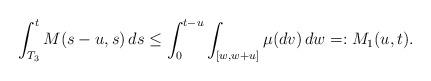
LaTeX: \begin{align*} \int_{T_3}^t M(s-u,s)\,ds\leq \int_0^{t-u} \int_{[w,w+u]} \mu(dv) \,dw=:M_1(u,t).\end{align*}